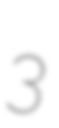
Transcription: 3